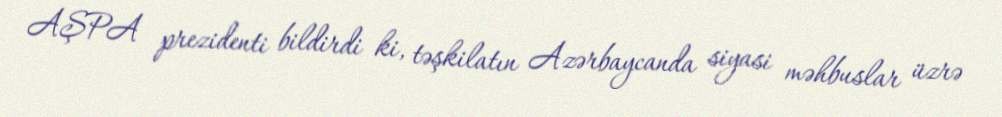
AŞPA prezidenti bildirdi ki, təşkilatın Azərbaycanda siyasi məhbuslar üzrə